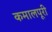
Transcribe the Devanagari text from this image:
कमालपूरी